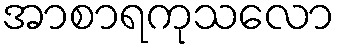
အာစာရကုသလော